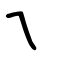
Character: ㇝